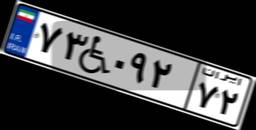
۹۴W۹۲۶۳۱